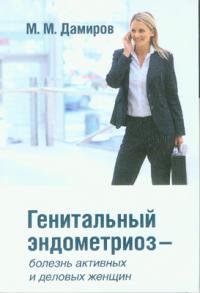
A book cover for Genital endometriosis, a disease of active and business women / Genitalnyy endometrioz- bolezn aktivnykh i delovykh zhenshchin; Damirorov M.M.; Health, Fitness & Dieting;